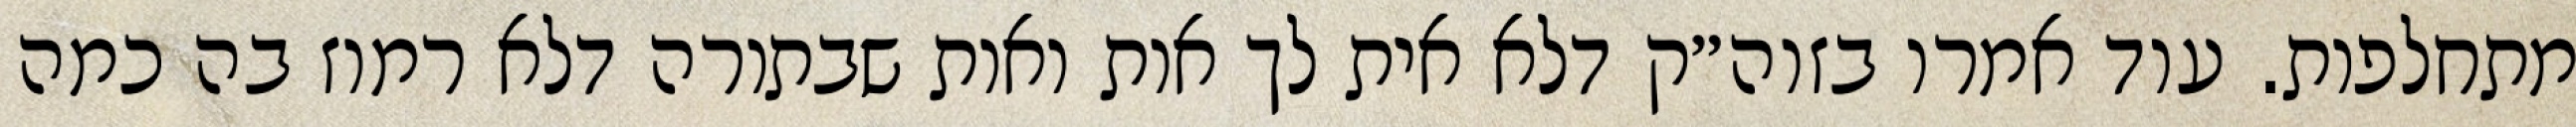
מתחלפות. עוד אמרו בזוה״ק דלא אית לך אות ואות שבתורה דלא רמוז בה כמה